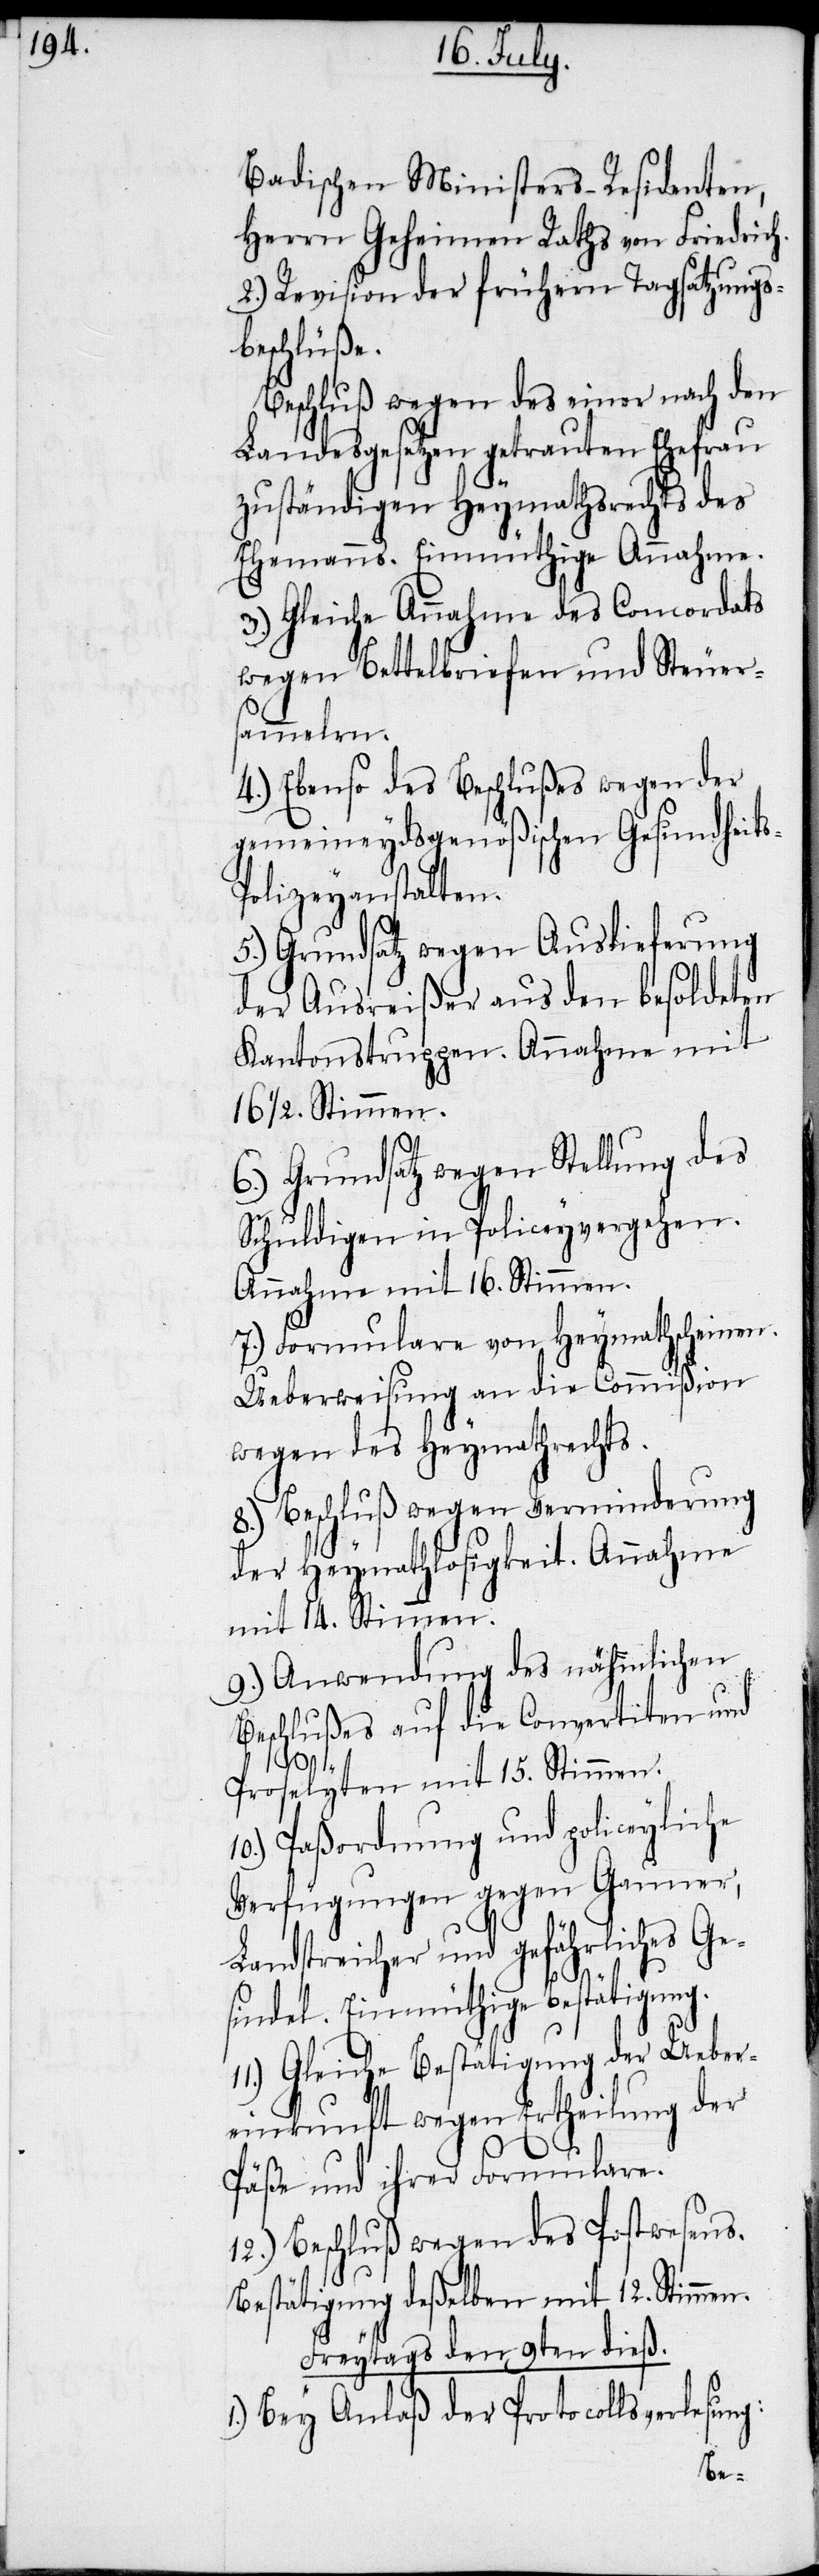
Badischen Ministers-Residenten,
Herrn Geheimen Raths von Friedrich.
2.) Revision der frühern Tagsatzungs¬
beschlüße.
Beschluß wegen des einer nach den
Landesgesetzen getrauten Ehefrau
zuständigen Heymathsrechts des
Ehemanns. Einmüthige Annahme.
3.) Gleiche Annahme des Concordats
wegen Bettelbriefen und Steuers¬
ammelrn.
4.) Ebenso des Beschlußes wegen der
gemeineydsgenößischen Gesundheit¬
olizeyanstalten.
5.) Grundsatz wegen Auslieferung
der Ausreißer aus den besoldeten
Kantonstruppen. Annahme mit
16 ½. Stimmen.
6.) Grundsatz wegen Stellung des
Schuldigen in Policeyvergehen.
Annahme mit 16. Stimmen.
7.) Formulare von Heymathscheinen.
Ueberweisung an die Commißion
wegen des Heymathrechts.
8.) Beschluß wegen Verminderung
der Heymathlosigkeit. Annahme
mit 14. Stimmen.
9.) Anwendung des nähmlichen
Beschlußes auf die Convertiten und
s-P¬
Proselyten mit 15. Stimmen.
10.) Paßordnung und policeyliche
Verfügungen gegen Gauner,
Landstreicher und gefährliches Ge¬
sindel. Einmüthige Bestätigung.
11.) Gleiche Bestätigung der Ueber¬
einkunft wegen Ertheilung der
Päße und ihrer Formulare.
12.) Beschluß wegen des Postwesens.
Bestätigung deßelben mit 12. Stimmen.
Freytags den 9ten [recte:
1.) Bey Anlaß der Protocollsverlesung: